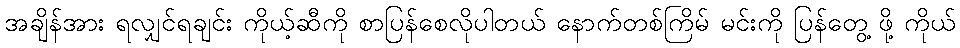
အချိန်အား ရလျှင်ရချင်း ကိုယ့်ဆီကို စာပြန်စေလိုပါတယ် နောက်တစ်ကြိမ် မင်းကို ပြန်တွေ့ ဖို့ ကိုယ်